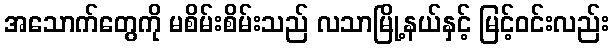
အသောက်တွေကို မစိမ်းစိမ်းသည် လသာမြို့နယ်နှင့် မြင့်ဝင်းလည်း